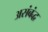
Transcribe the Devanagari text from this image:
असंबंद्ध